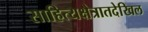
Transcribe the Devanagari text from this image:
साहित्यक्षेत्रातदेखिल